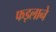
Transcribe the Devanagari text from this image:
फइलाने